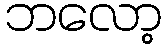
ဘလော့